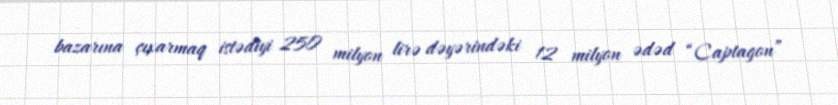
bazarına çıxarmaq istədiyi 250 milyon lirə dəyərindəki 12 milyon ədəd “Captagon”